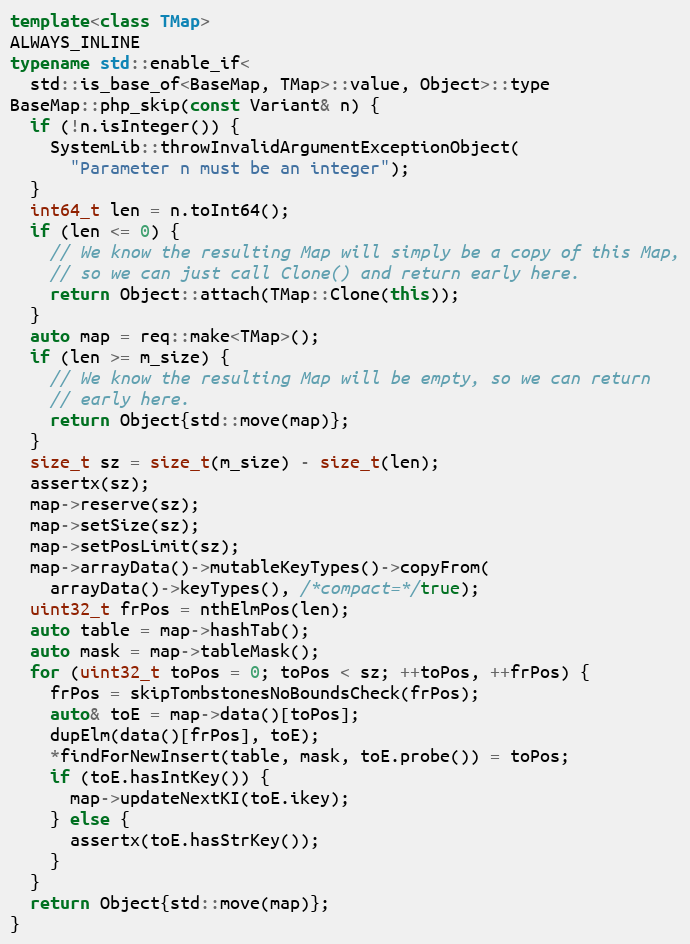
Language: C++
template<class TMap>
ALWAYS_INLINE
typename std::enable_if<
  std::is_base_of<BaseMap, TMap>::value, Object>::type
BaseMap::php_skip(const Variant& n) {
  if (!n.isInteger()) {
    SystemLib::throwInvalidArgumentExceptionObject(
      "Parameter n must be an integer");
  }
  int64_t len = n.toInt64();
  if (len <= 0) {
    // We know the resulting Map will simply be a copy of this Map,
    // so we can just call Clone() and return early here.
    return Object::attach(TMap::Clone(this));
  }
  auto map = req::make<TMap>();
  if (len >= m_size) {
    // We know the resulting Map will be empty, so we can return
    // early here.
    return Object{std::move(map)};
  }
  size_t sz = size_t(m_size) - size_t(len);
  assertx(sz);
  map->reserve(sz);
  map->setSize(sz);
  map->setPosLimit(sz);
  map->arrayData()->mutableKeyTypes()->copyFrom(
    arrayData()->keyTypes(), /*compact=*/true);
  uint32_t frPos = nthElmPos(len);
  auto table = map->hashTab();
  auto mask = map->tableMask();
  for (uint32_t toPos = 0; toPos < sz; ++toPos, ++frPos) {
    frPos = skipTombstonesNoBoundsCheck(frPos);
    auto& toE = map->data()[toPos];
    dupElm(data()[frPos], toE);
    *findForNewInsert(table, mask, toE.probe()) = toPos;
    if (toE.hasIntKey()) {
      map->updateNextKI(toE.ikey);
    } else {
      assertx(toE.hasStrKey());
    }
  }
  return Object{std::move(map)};
}